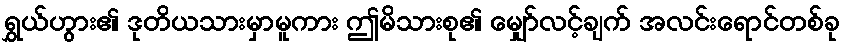
ရွှယ်ဟွား၏ ဒုတိယသားမှာမူကား ဤမိသားစု၏ မျှော်လင့်ချက် အလင်းရောင်တစ်ခု